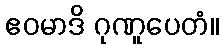
ဧဝမာဒိ ဂုဏူပေတံ။